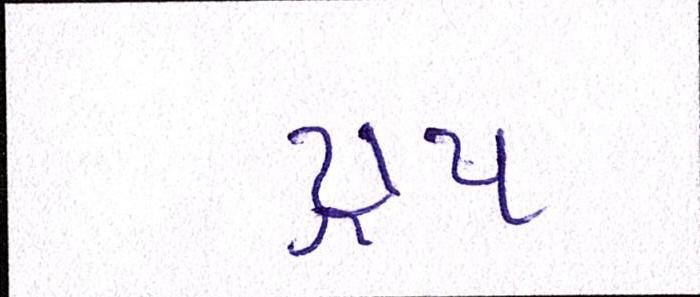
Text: ટ્રાય